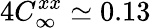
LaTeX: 4C_{\infty}^{xx}\simeq 0.13